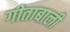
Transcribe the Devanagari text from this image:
गीताबाली